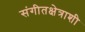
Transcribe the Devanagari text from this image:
संगीतक्षेत्राशी